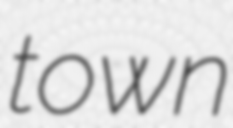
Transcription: town